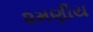
૨મણીય